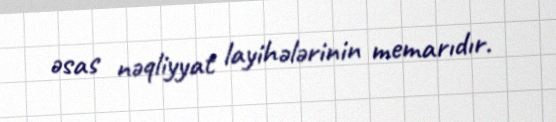
əsas nəqliyyat layihələrinin memarıdır.